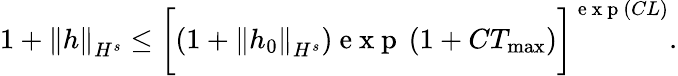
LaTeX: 1+\left\| h\right\| _{H^{s}}\leq\bigg[(1+\left\| h_{0}\right\| _{H^{s}})\mathrm{~e~x~p~}\left(1+CT_{\operatorname*{max}}\right)\bigg]^{\mathrm{~e~x~p~}\left(CL\right)}.